Lunatic asylums United Prov. 1922-30 - 1922-1930
Year: 1922
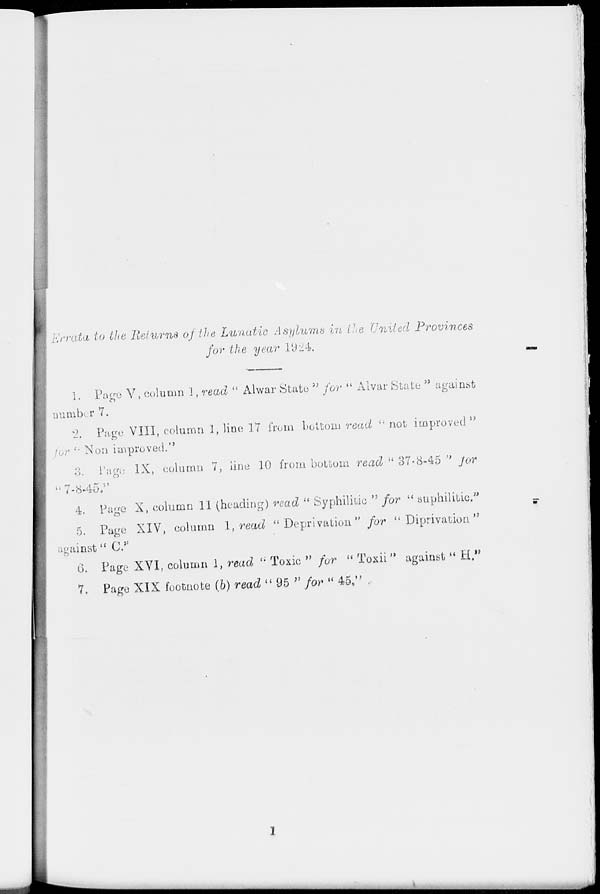
Errata to the Returns of the Lunatic Asylums in the United Provinces
for the year 1924.
i. Page V, column 1, read " Alwar State 5; for ** Alvar State " against
number 7.
2. Page VIII, column 1, lino 17 from bottom read " not improved"
r " Nou improved."
3. Page IX, column 7, line 10 from bottom read " 87-8-45 " for
"7-8-45;"
4. Page X, column 11 (heading) read " Syphilitic " for " BUphi^b^c. ,,
5. Page XIV, column 1, read "Deprivation" for " Diprivation"
against" 0.*'
G. Page XVI, column 1, read li Toxic " for " Toxii " against " H."
7. Pago XIX footnote (b) read ■« 95 " /or " 45 0 " ,
\s i